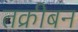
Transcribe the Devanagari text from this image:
तक्रीबन